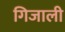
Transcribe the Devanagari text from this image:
गिजाली